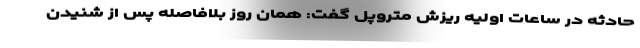
حادثه در ساعات اولیه ریزش متروپل گفت: همان روز بلافاصله پس از شنیدن